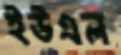
ইউএল